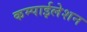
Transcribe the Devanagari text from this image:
कम्पाईलेशन